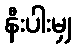
နီးပါးမျှ